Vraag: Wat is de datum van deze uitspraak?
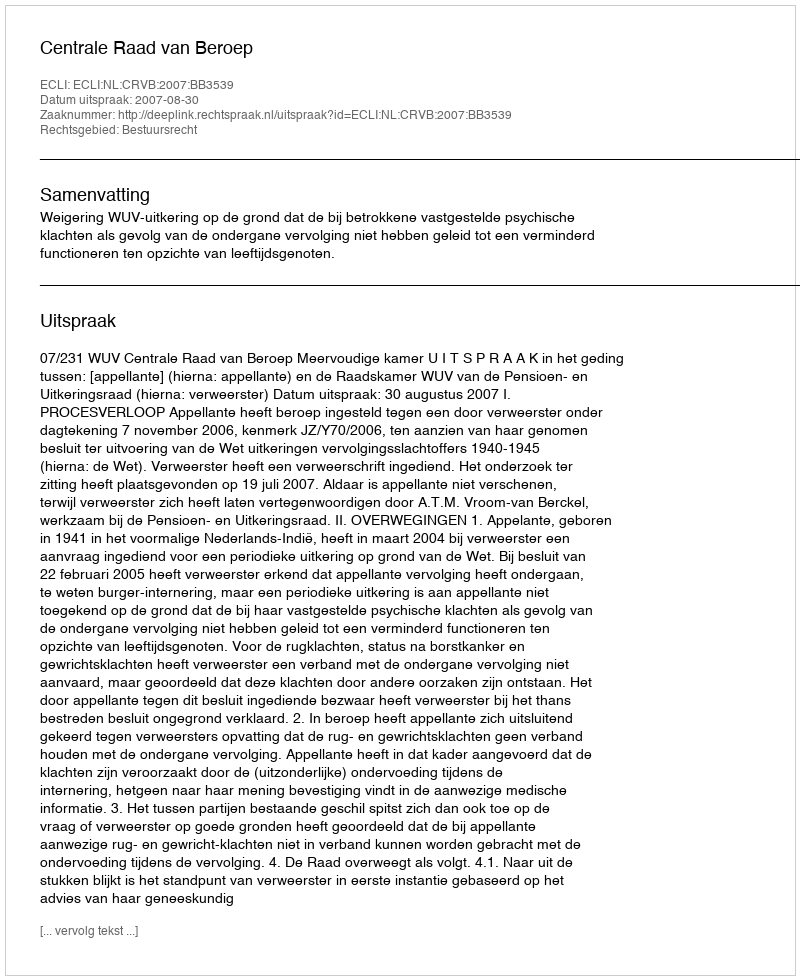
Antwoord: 2007-08-30